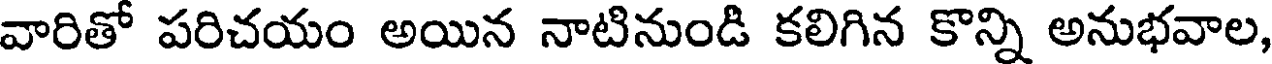
వారితో పరిచయం అయిన నాటినుండి కలిగిన కొన్ని అనుభవాల,